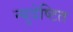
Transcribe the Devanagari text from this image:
न्युदेष्टित